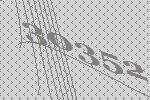
30352